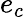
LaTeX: e_{c}